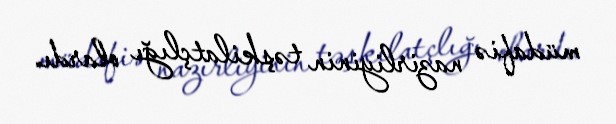
müdafiə nazirliyinin təşkilatçlığı olardı.